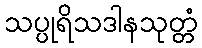
သပ္ပုရိသဒါနသုတ္တံ